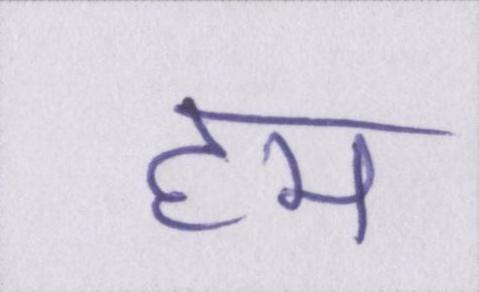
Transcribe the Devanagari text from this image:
हम